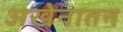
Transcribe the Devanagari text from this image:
अखेनातन